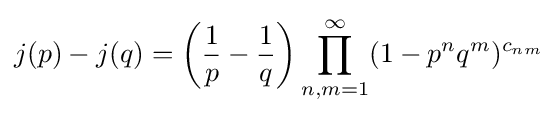
j(p)-j(q)=\left({1 \over p}-{1 \over q}\right)\prod _{n,m=1}^{\infty }(1-p^{n}q^{m})^{c_{nm}}